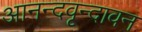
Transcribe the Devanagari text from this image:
आनन्दवृन्दावन